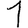
Digit: 1